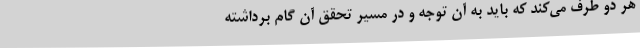
هر دو طرف می‌کند که باید به آن توجه و در مسیر تحقق آن گام برداشته